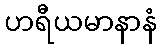
ဟရီယမာနာနံ